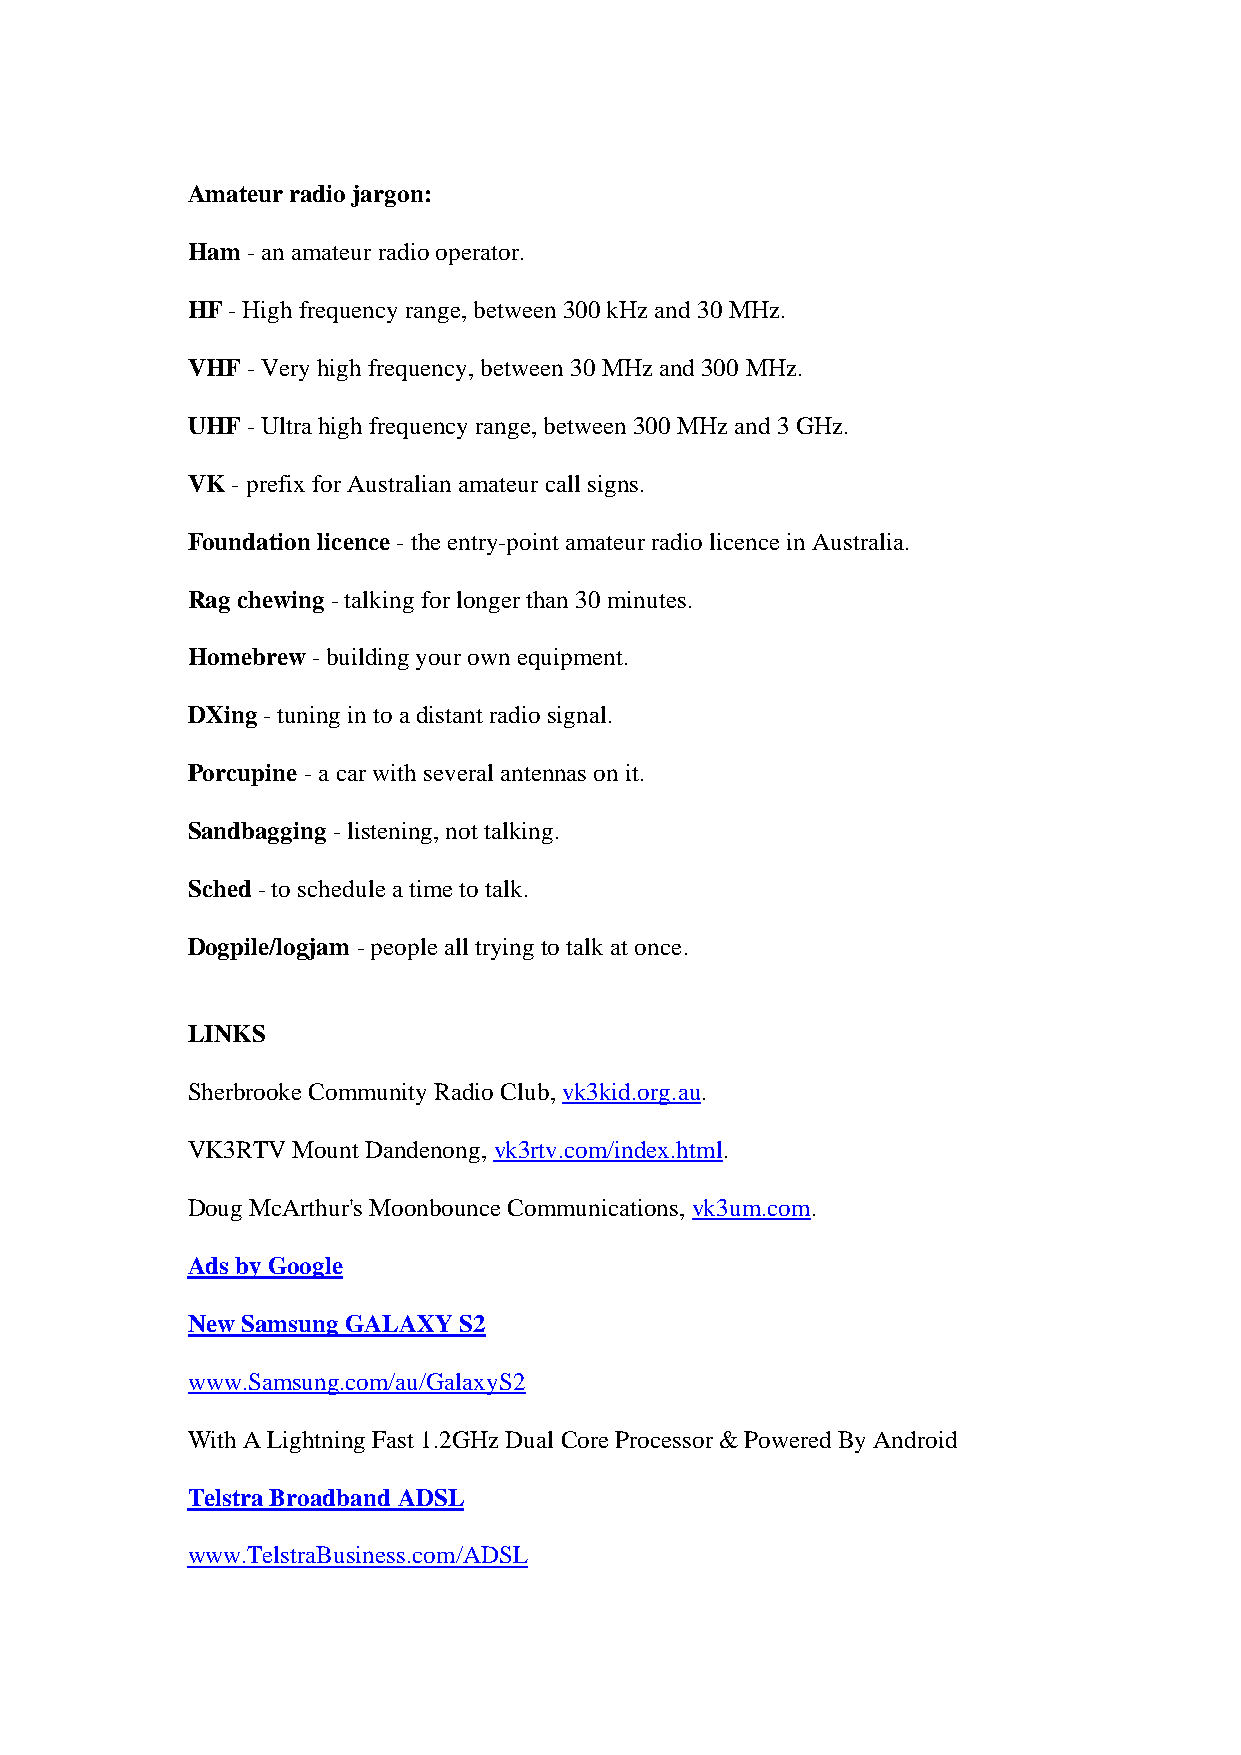
Amateur radio jargon:
 Ham - an amateur radio operator.
 HF - High frequency range, between 300 kHz and 30 MHz.
 VHF - Very high frequency, between 30 MHz and 300 MHz.
 UHF - Ultra high frequency range, between 300 MHz and 3 GHz.
 VK - prefix for Australian amateur call signs.
 Foundation licence - the entry-point amateur radio licence in Australia.
 Rag chewing - talking for longer than 30 minutes.
 Homebrew - building your own equipment.
 DXing - tuning in to a distant radio signal.
 Porcupine - a car with several antennas on it.
 Sandbagging - listening, not talking.
 Sched - to schedule a time to talk.
 Dogpile/logjam - people all trying to talk at once.
 LINKS
 Sherbrooke Community Radio Club, vk3kid.org.au.
 VK3RTV Mount Dandenong, vk3rtv.com/index.html.
 Doug McArthur's Moonbounce Communications, vk3um.com.
 Ads by Google
 New Samsung GALAXY S2
 www.Samsung.com/au/GalaxyS2
 With A Lightning Fast 1.2GHz Dual Core Processor & Powered By Android
 Telstra Broadband ADSL
 www.TelstraBusiness.com/ADSL